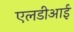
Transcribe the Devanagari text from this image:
एलडीआई